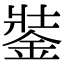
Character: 銺